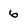
Character: 6